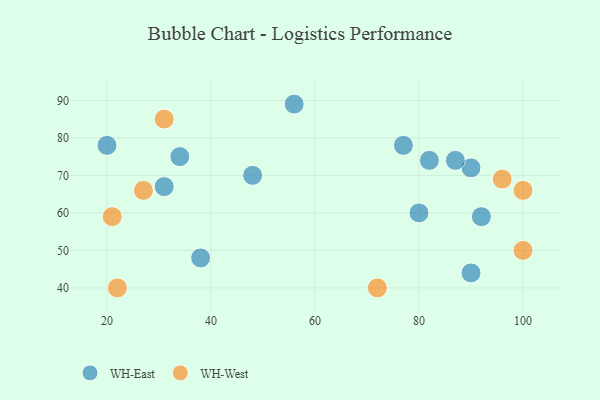
{"axis": {"x": "GDP", "y": "Life Expectancy"}, "legend": ["WH-East", "WH-West"], "data": [{"x": "38", "y": 48, "type": "WH-East"}, {"x": "92", "y": 59, "type": "WH-East"}, {"x": "34", "y": 75, "type": "WH-East"}, {"x": "77", "y": 78, "type": "WH-East"}, {"x": "90", "y": 72, "type": "WH-East"}, {"x": "56", "y": 89, "type": "WH-East"}, {"x": "48", "y": 70, "type": "WH-East"}, {"x": "20", "y": 78, "type": "WH-East"}, {"x": "80", "y": 60, "type": "WH-East"}, {"x": "31", "y": 67, "type": "WH-East"}, {"x": "82", "y": 74, "type": "WH-East"}, {"x": "90", "y": 44, "type": "WH-East"}, {"x": "87", "y": 74, "type": "WH-East"}, {"x": "21", "y": 59, "type": "WH-West"}, {"x": "31", "y": 85, "type": "WH-West"}, {"x": "96", "y": 69, "type": "WH-West"}, {"x": "27", "y": 66, "type": "WH-West"}, {"x": "100", "y": 66, "type": "WH-West"}, {"x": "72", "y": 40, "type": "WH-West"}, {"x": "100", "y": 50, "type": "WH-West"}, {"x": "22", "y": 40, "type": "WH-West"}]}